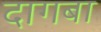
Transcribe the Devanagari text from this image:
दागबा